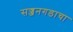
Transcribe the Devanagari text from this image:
सज्जनगडाचा